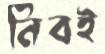
নিবই